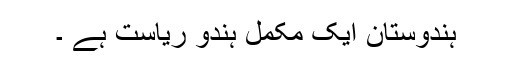
ہندوستان ایک مکمل ہندو ریاست ہے ۔